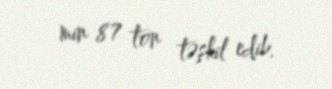
min 87 ton təşkil edib.